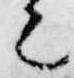
之